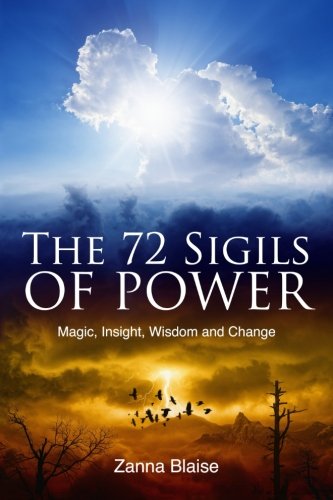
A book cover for The 72 Sigils of Power: Magic, Insight, Wisdom and Change; Zanna Blaise; Religion & Spirituality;